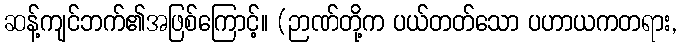
ဆန့်ကျင်ဘက်၏အဖြစ်ကြောင့်။ (ဉာဏ်တို့က ပယ်တတ်သော ပဟာယကတရား,